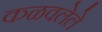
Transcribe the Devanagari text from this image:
कळवलेले